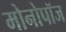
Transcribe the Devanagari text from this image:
मोनोपॉज